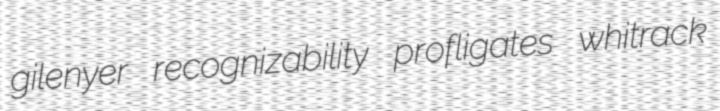
gilenyer recognizability profligates whitrack